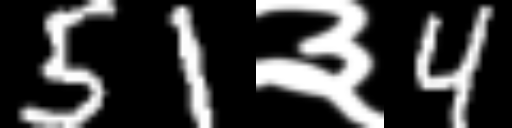
Text: 51३4